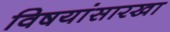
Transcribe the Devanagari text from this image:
विषयांसारखा